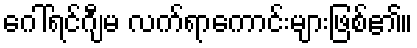
ဂေါ်ရင်ဂျီမ လက်ရာကောင်းများဖြစ်၏။